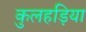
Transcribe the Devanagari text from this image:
कुलहड़िया